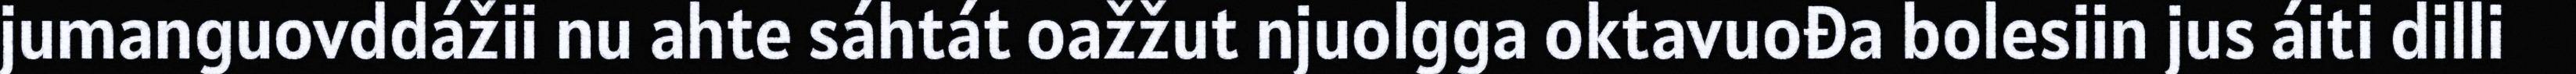
jumanguovddážii nu ahte sáhtát oažžut njuolgga oktavuođa bolesiin jus áiti dilli